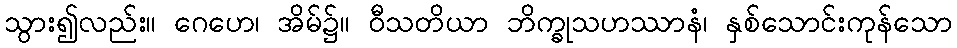
သွား၍လည်း။ ဂေဟေ၊ အိမ်၌။ ဝီသတိယာ ဘိက္ခုသဟဿာနံ၊ နှစ်သောင်းကုန်သော